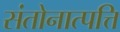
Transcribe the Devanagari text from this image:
संतोनात्पत्ति